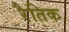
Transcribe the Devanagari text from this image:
रैतिक